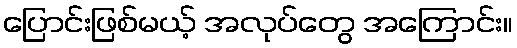
ပြောင်းဖြစ်မယ့် အလုပ်တွေ အကြောင်း။